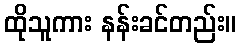
ထိုသူကား နန်းခင်တည်း။